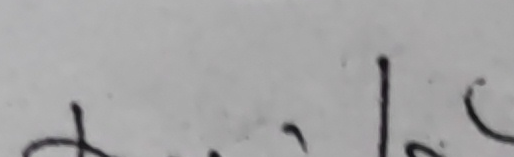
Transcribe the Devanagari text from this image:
धलि